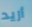
أريد